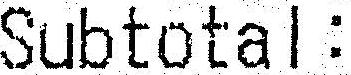
SUBTOTAL: